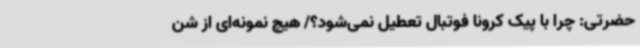
حضرتی: چرا با پیک کرونا فوتبال تعطیل نمی‌شود؟/ هیچ نمونه‌ای از شن